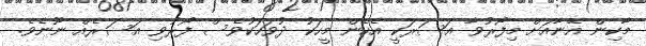
މާކިން އޭނާއަށް މިފޯރުވާ އަސަރަކީ އެހެން މީހަކު ދުވަހަކުވެސް ފޯރުވި އަސަރެއް ނޫނެވެ.